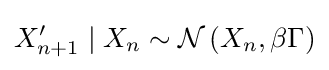
X'_{n+1}\mid X_{n}\sim {\mathcal {N}}\left(X_{n},\beta \Gamma \right)